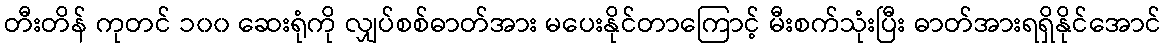
တီးတိန် ကုတင် ၁၀၀ ဆေးရုံကို လျှပ်စစ်ဓာတ်အား မပေးနိုင်တာကြောင့် မီးစက်သုံးပြီး ဓာတ်အားရရှိနိုင်အောင်